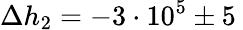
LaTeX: \Delta h_{2}=-3\cdot 10^{5}\pm 5\